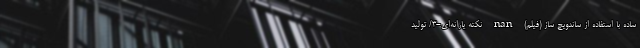
ساده با استفاده از ساندویچ ساز (فیلم) nan نکته یارانه‌ای-3/ تولید